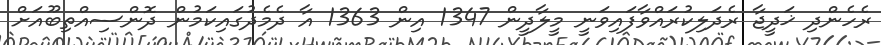
ރެހެންދި ޚަދީޖާ ރެދަލިކުރައްވާފައިވަނީ މީލާދީން 1347 އިން 1363 އާ ދެމެދުގައިކަމުން ދޮންސިއްތިބޫއަށް